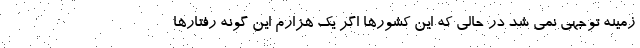
زمینه توجهی نمی شد در حالی که این کشورها اگر یک هزارم این گونه رفتارها